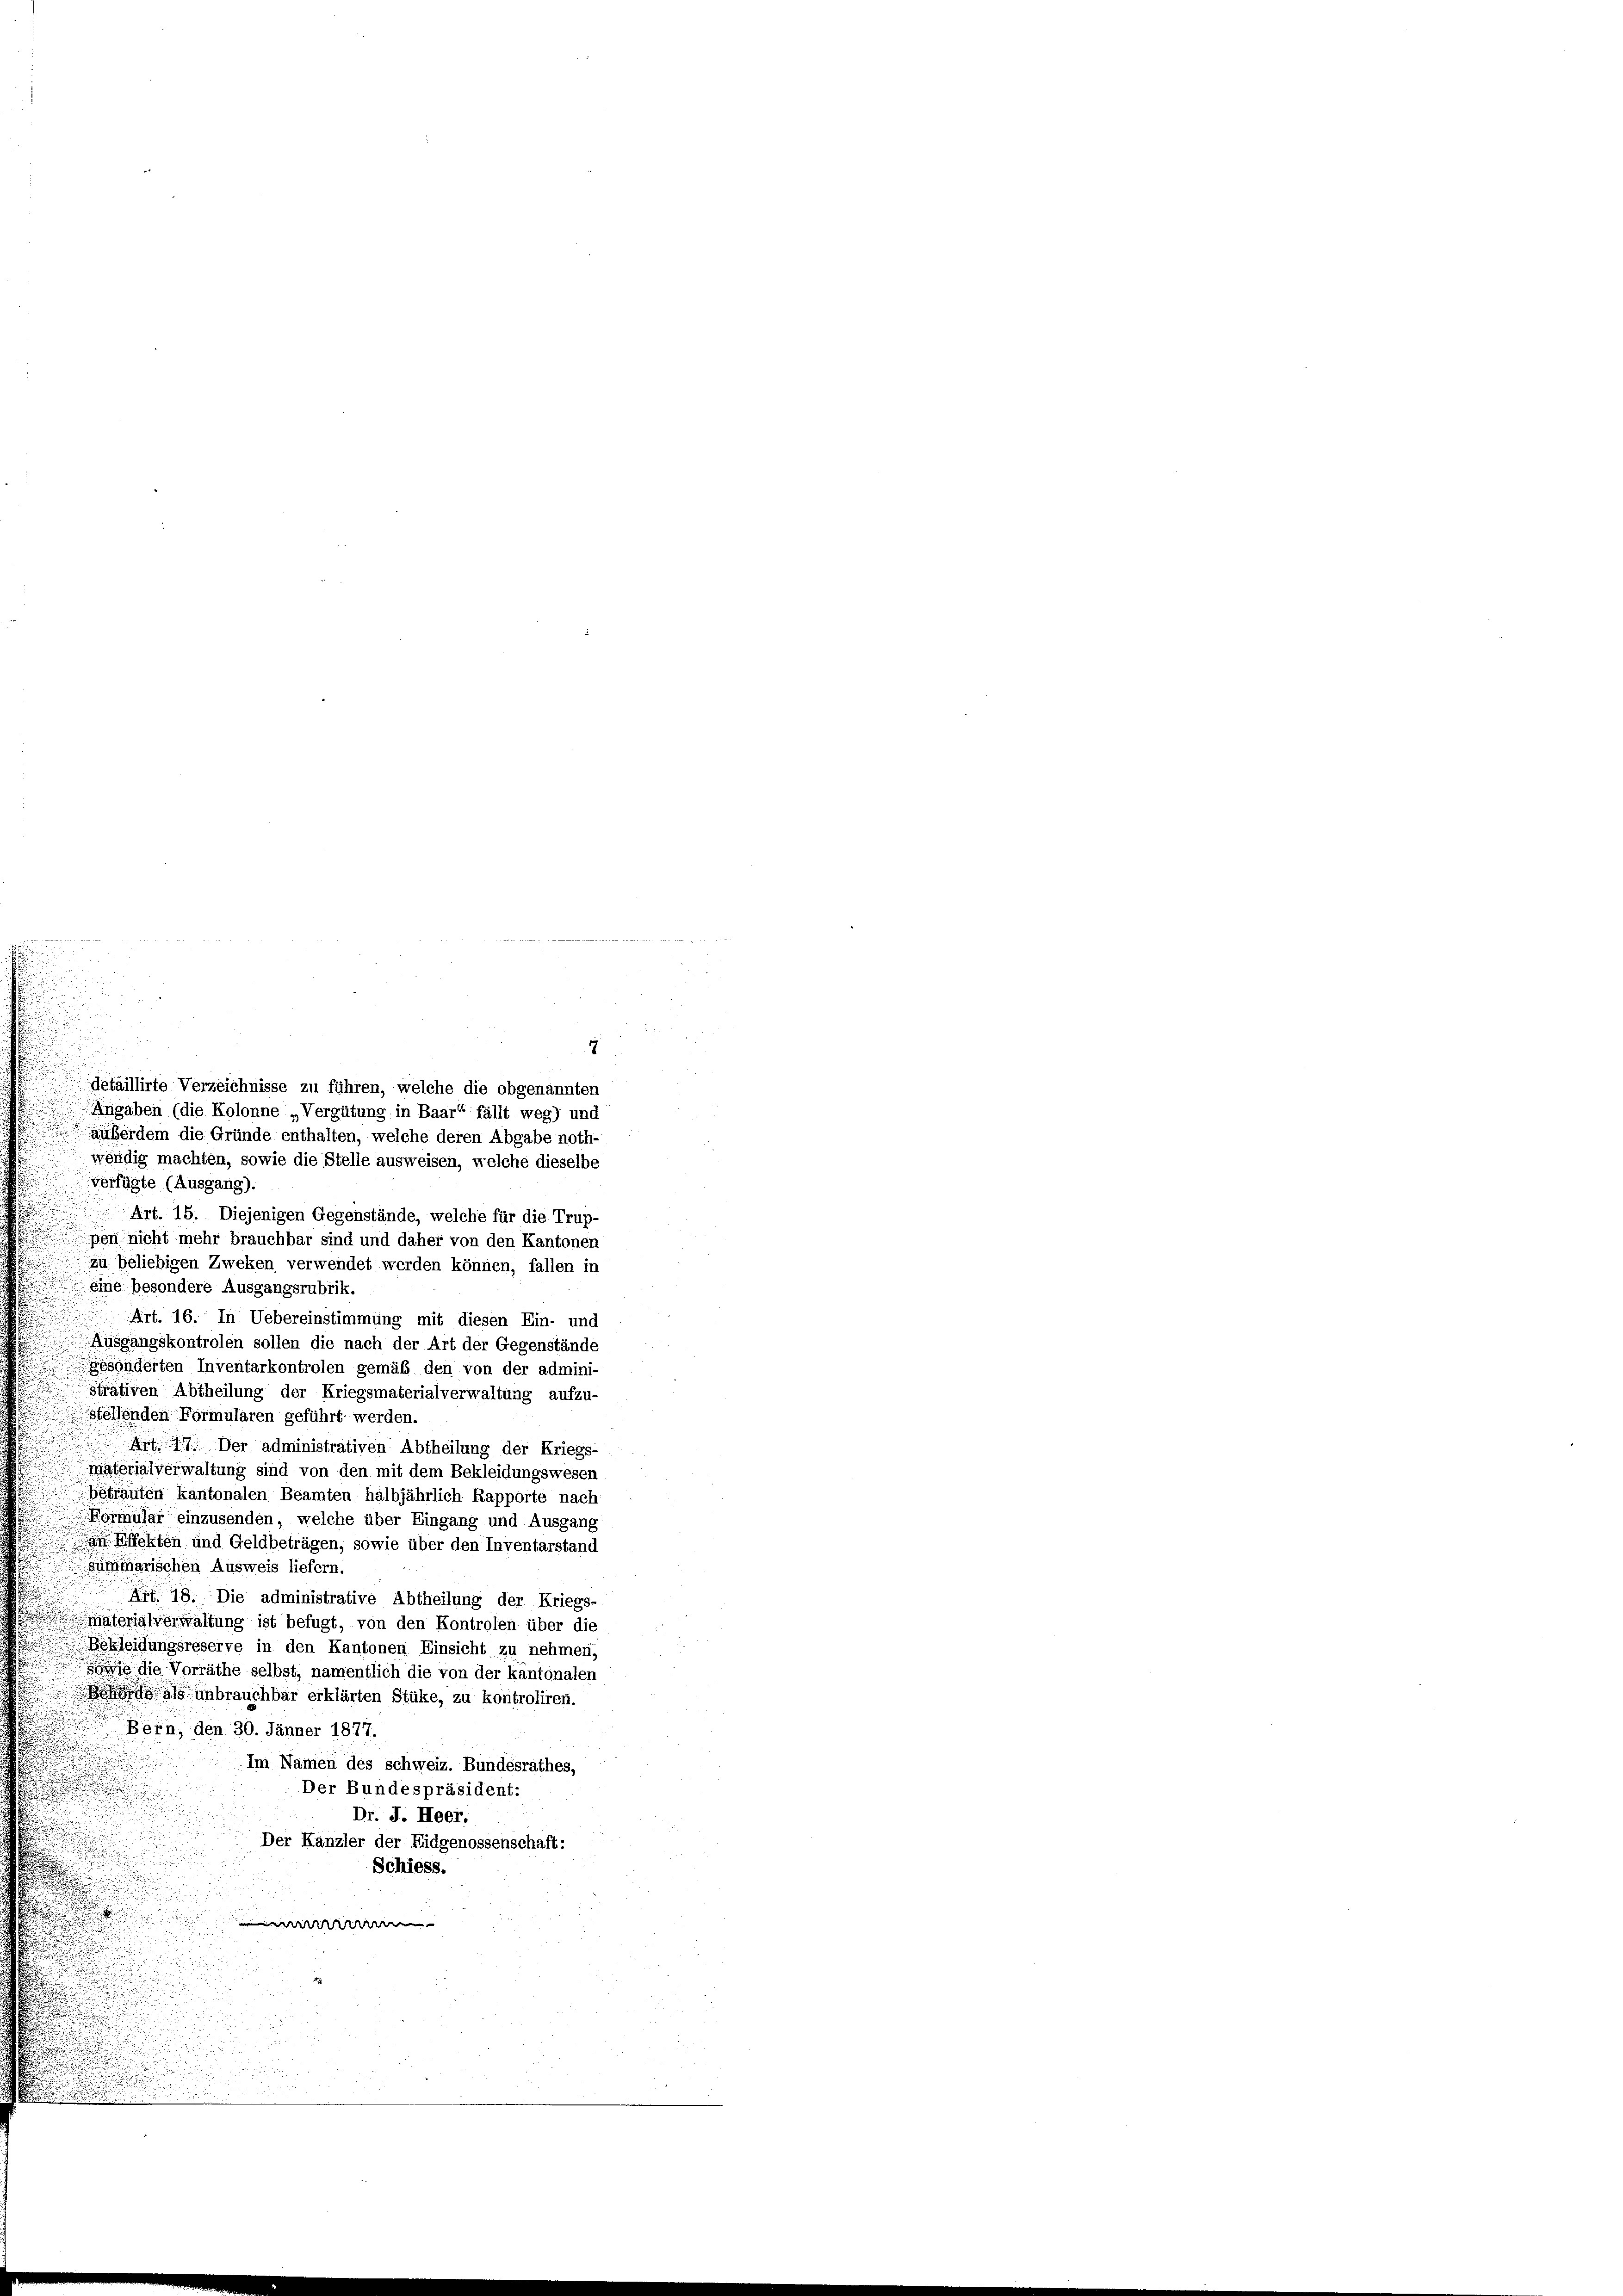
7
Angaben (die Kolonne „Vergütung in Baar“ fällt weg) und
außerdem die Gründe enthalten, welche deren Abgabe noth-
wendig machten, sowie die Stelle ausweisen, welche dieselbe
verfügte. (Ausgang).
Art. 15. Diejenigen Gegenstände, welche für die Trup-
pen nicht mehr brauchbar sind und daher von den Kantonen
 zu beliebigen Zweken verwendet werden können, fällen in
eine besondere Ausgangsrubrik.
 Art. 16. In Uebereinstimmung mit diesen Ein- und
Ausgangskontrolen sollen die nach der Art der Gegenstände
Gesonderten Inventarkontrolen gemäß den von der admini-
strativen Abtheilung der Kriegsmaterialverwaltung aufzu-
Stellenden Formularen geführt werden.
17. Der administrativen Abtheilung der Kriegs-
paterialverwaltung sind von den mit dem Bekleidungswesen
betrauten kantonalen Beamten halbjährlich Rapporte nach
rmular einzusenden, welche über Eingang und Ausgang
affekten und Geldbeträgen, sowie über den Inventarstand
summarischen Ausweis liefern.
A 19. Die administrative Abtheilung der Kriegs-
materialverwaltung ist befugt, von den Kontrolen über die
Bekleidungsreserve in den Kantonen Einsicht zu nehmen,
 die Vorräthe selbst, namentlich die von der kantonalen
 unbrauchbar erklärten Stüke, zu kontroliren.
Bern, den 30. Jänner 1877.
Im Namen des schweiz. Bundesrathes,
Der Bundespräsident:
Dr. J. Heer.
Der Kanzler der Eidgenossenschaft:
Schiess.
r

detaillirte Verzeichnisse zu führen, welche die obgenannten